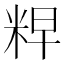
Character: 𮇘